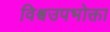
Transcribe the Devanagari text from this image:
विश्वउपभोक्ता